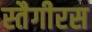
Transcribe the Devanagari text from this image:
स्तैगीरस